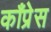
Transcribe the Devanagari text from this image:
काँप्रेस